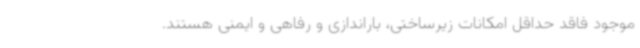
موجود فاقد حداقل امکانات زیرساختی، باراندازی و رفاهی و ایمنی هستند.